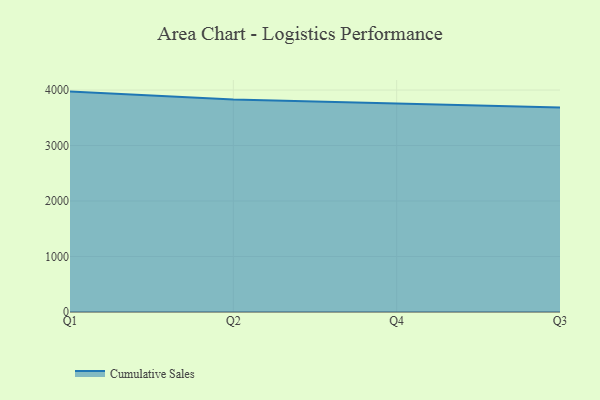
{"axis": {"x": "Quarter", "y": "Population (Million)"}, "legend": ["Cumulative Sales"], "data": [{"x": "Q1", "y": 3972.0, "type": "Cumulative Sales"}, {"x": "Q2", "y": 3827.5, "type": "Cumulative Sales"}, {"x": "Q4", "y": 3758.9, "type": "Cumulative Sales"}, {"x": "Q3", "y": 3686.9, "type": "Cumulative Sales"}]}